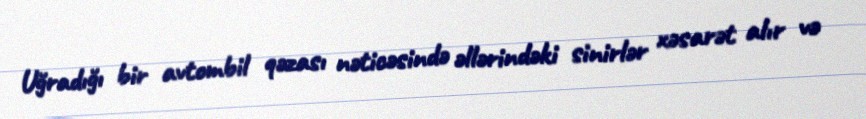
Uğradığı bir avtombil qəzası nəticəsində əllərindəki sinirlər xəsarət alır və